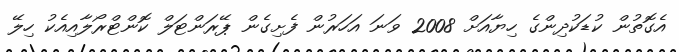
އެގޮތުން ކުޑަކުދިންގެ ހިޔާއަށް 2008 ވަނަ އަހަރުން ފެށިގެން ޕޭރަންޓަލް ކޮންޓްރޯލާއިއެކު ހިލޭ